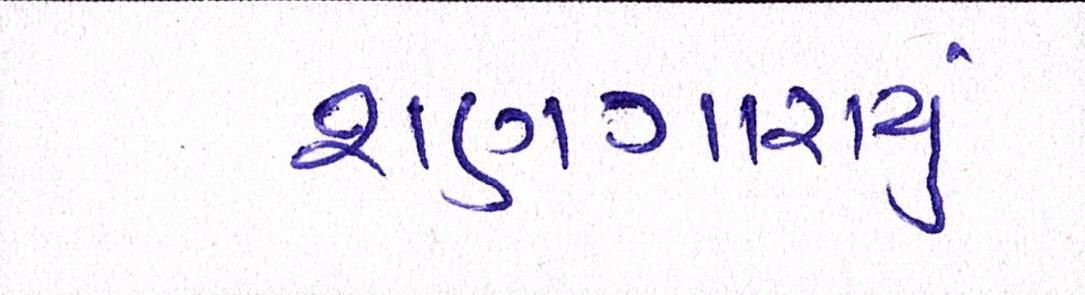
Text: શણગારાયું